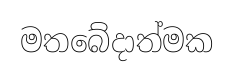
මතබේදාත්මක